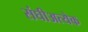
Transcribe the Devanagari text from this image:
संघीअत्येक